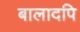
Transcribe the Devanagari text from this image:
बालादपि